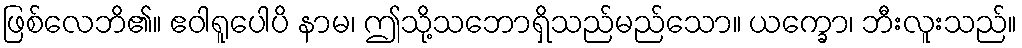
ဖြစ်လေဘိ၏။ ဧဝါရူပေါပိ နာမ၊ ဤသို့သဘောရှိသည်မည်သော။ ယက္ခော၊ ဘီးလူးသည်။